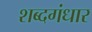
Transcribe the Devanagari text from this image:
शब्दगंधार